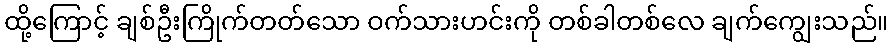
ထို့ကြောင့် ချစ်ဦးကြိုက်တတ်သော ဝက်သားဟင်းကို တစ်ခါတစ်လေ ချက်ကျွေးသည်။